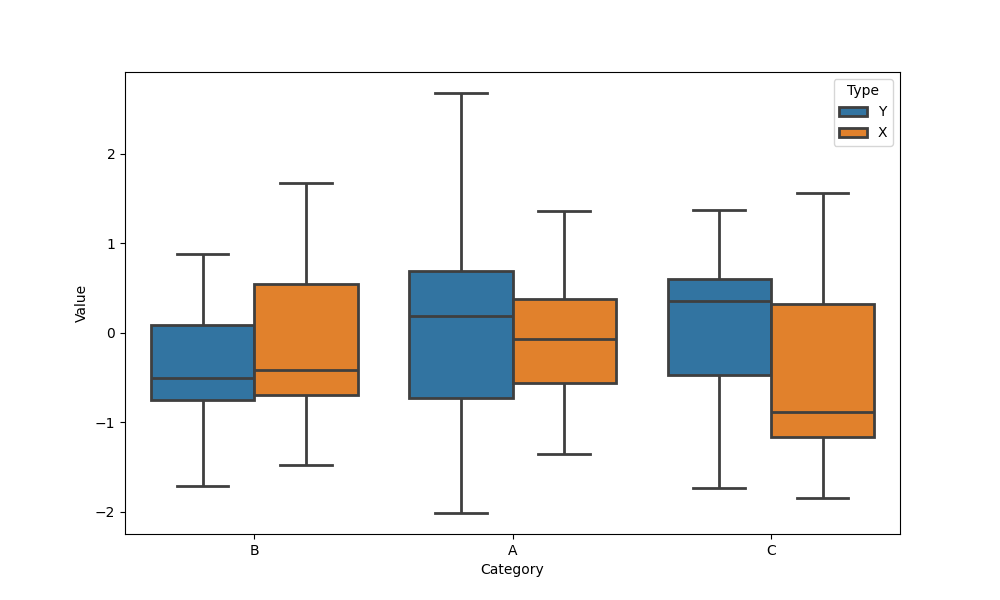
python, seaborn, boxplot, width=0.8, linewidth=2, fliersize=5, notch=False